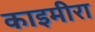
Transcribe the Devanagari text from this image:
काइमीरा